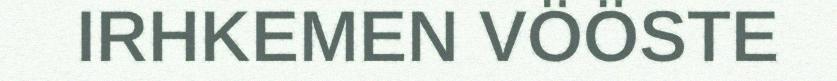
IRHKEMEN VÖÖSTE